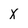
Character: X